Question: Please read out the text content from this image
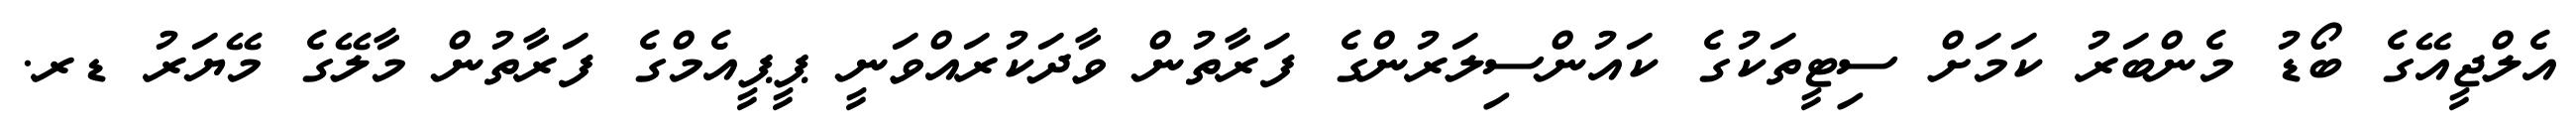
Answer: އެލްޖީއޭގެ ބޯޑު މެންބަރު ކަމަށް ސިޓީތަކުގެ ކައުންސިލަރުންގެ ފަރާތުން ވާދަކުރައްވަނީ ޕީޕީއެމްގެ ފަރާތުން މާލޭގެ މޭޔަރު ޑރ.